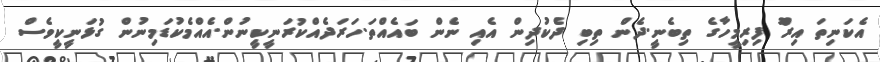
އެކަނިތަ އިރުޫ ފިރިމީހާގެ ތިބެނީ.ދެން ތިބި ދެކުދިން އެއި ނެން ބައެއްތަ.ހަރަދެއްކުރަނީކީނުން.އެއްމެކުޑަމިނުން ގުޅަނީކީވެސް